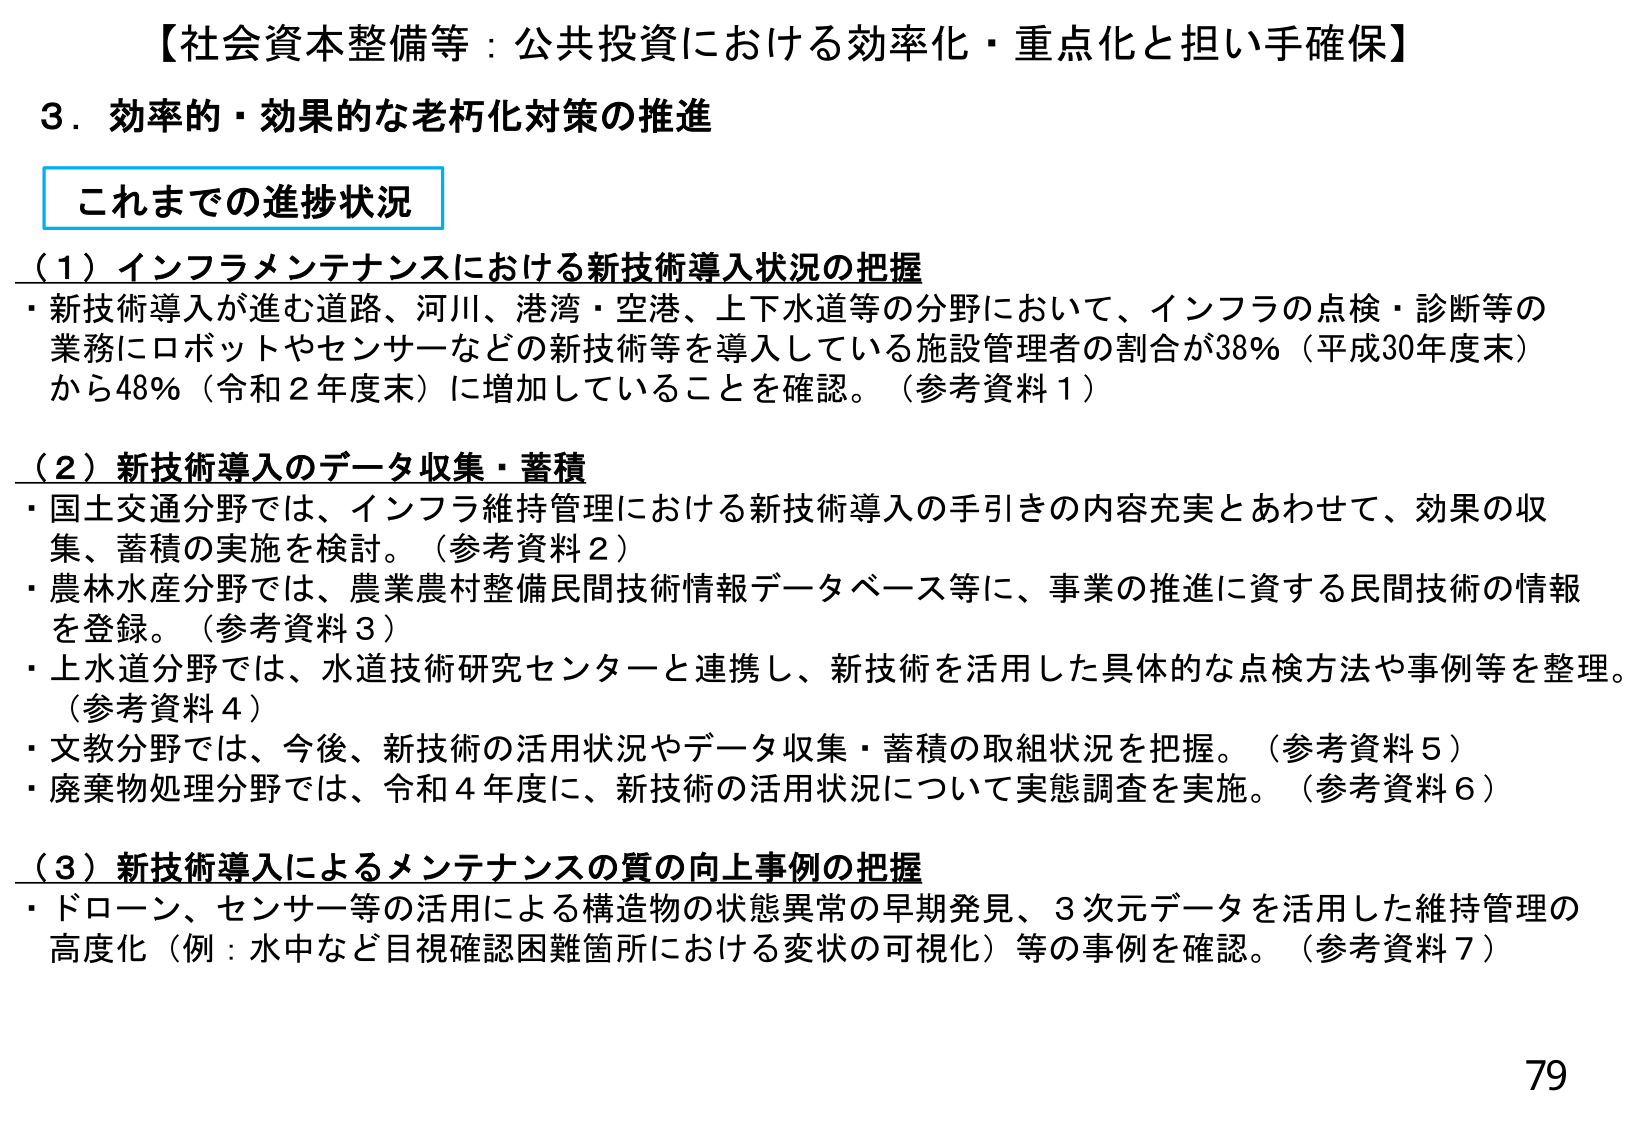
【社会資本整備等：公共投資における効率化・重点化と担い手確保】
3．効率的・効果的な老朽化対策の推進
これまでの進捗状況
（1）インフラメンテナンスにおける新技術導入状況の把握
・新技術導入が進む道路、河川、港湾・空港、上下水道等の分野において、インフラの点検・診断等の業務にロボットやセンサーなどの新技術等を導入している施設管理者の割合が38％（平成30年度末）から48％（令和2年度末）に増加していることを確認。（参考資料1）
（2）新技術導入のデータ収集・蓄積
・国土交通分野では、インフラ維持管理における新技術導入の手引きの内容充実とあわせて、効果の収集、蓄積の実施を検討。（参考資料2）
・農林水産分野では、農業農村整備民間技術情報データベース等に、事業の推進に資する民間技術の情報を登録。（参考資料3）
・上水道分野では、水道技術研究センターと連携し、新技術を活用した具体的な点検方法や事例等を整理。（参考資料4）
・文教分野では、今後、新技術の活用状況やデータ収集・蓄積の取組状況を把握。（参考資料5）
・廃棄物処理分野では、令和4年度に、新技術の活用状況について実態調査を実施。（参考資料6）
（3）新技術導入によるメンテナンスの質の向上事例の把握
・ドローン、センサー等の活用による構造物の状態異常の早期発見、3次元データを活用した維持管理の高度化（例：水中など目視確認困難箇所における変状の可視化）等の事例を確認。（参考資料7）
79